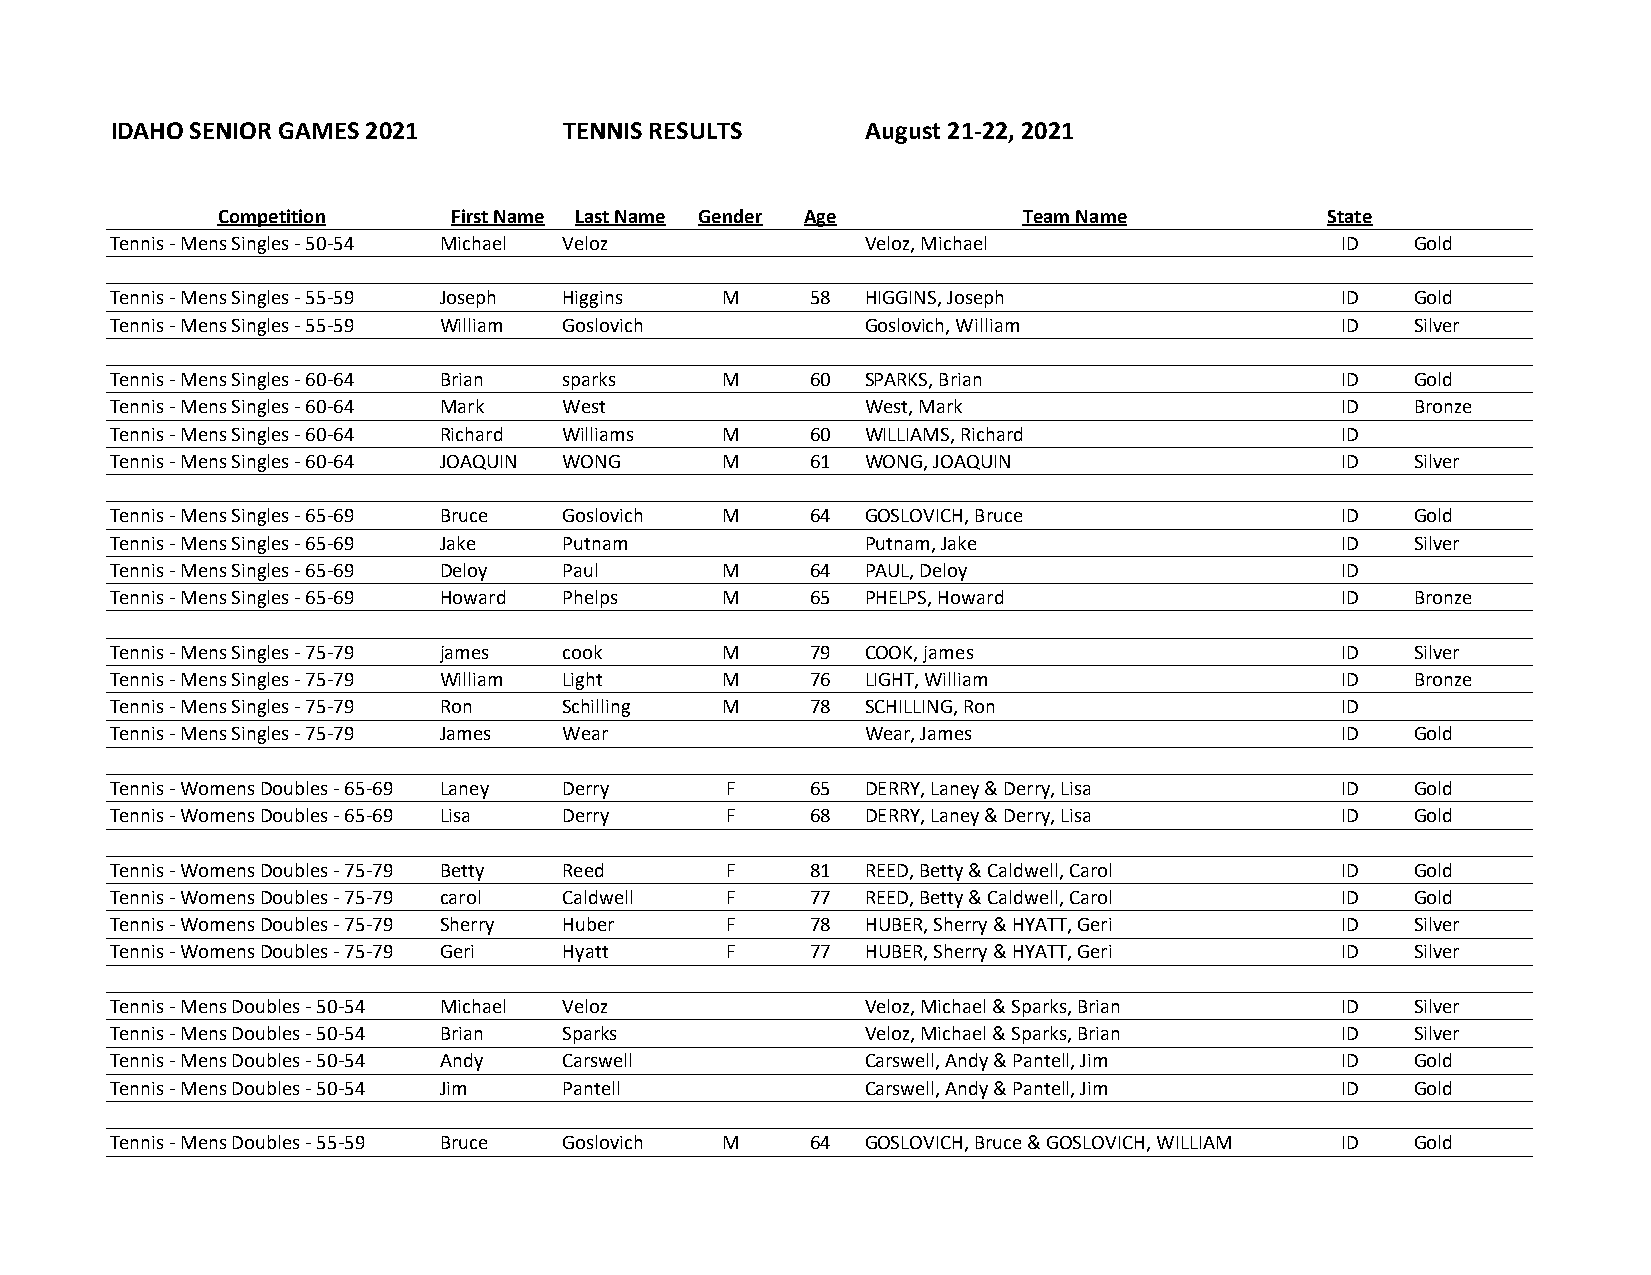
IDAHO SENIOR GAMES 2021       TENNIS RESULTS      August 21-22, 2021
 Competition     First Name Last Name Gender Age       Team Name           State
 Tennis - Mens Singles - 50-54 Michael Veloz       Veloz, Michael                  ID   Gold
 Tennis - Mens Singles - 55-59 Joseph Higgins M 58 HIGGINS, Joseph                 ID   Gold
 Tennis - Mens Singles - 55-59 William Goslovich   Goslovich, William              ID   Silver
 Tennis - Mens Singles - 60-64 Brian sparks M   60 SPARKS, Brian                   ID   Gold
 Tennis - Mens Singles - 60-64 Mark West           West, Mark                      ID   Bronze
 Tennis - Mens Singles - 60-64 Richard Williams M 60 WILLIAMS, Richard             ID
 Tennis - Mens Singles - 60-64 JOAQUIN WONG M   61 WONG, JOAQUIN                   ID   Silver
 Tennis - Mens Singles - 65-69 Bruce Goslovich M 64 GOSLOVICH, Bruce               ID   Gold
 Tennis - Mens Singles - 65-69 Jake Putnam         Putnam, Jake                    ID   Silver
 Tennis - Mens Singles - 65-69 Deloy Paul M     64 PAUL, Deloy                     ID
 Tennis - Mens Singles - 65-69 Howard Phelps M  65 PHELPS, Howard                  ID   Bronze
 Tennis - Mens Singles - 75-79 james cook M     79 COOK, james                     ID   Silver
 Tennis - Mens Singles - 75-79 William Light M  76 LIGHT, William                  ID   Bronze
 Tennis - Mens Singles - 75-79 Ron Schilling M  78 SCHILLING, Ron                  ID
 Tennis - Mens Singles - 75-79 James Wear          Wear, James                     ID   Gold
 Tennis - Womens Doubles - 65-69 Laney Derry F  65 DERRY, Laney & Derry, Lisa      ID   Gold
 Tennis - Womens Doubles - 65-69 Lisa Derry F   68 DERRY, Laney & Derry, Lisa      ID   Gold
 Tennis - Womens Doubles - 75-79 Betty Reed F   81 REED, Betty & Caldwell, Carol   ID   Gold
 Tennis - Womens Doubles - 75-79 carol Caldwell F 77 REED, Betty & Caldwell, Carol ID   Gold
 Tennis - Womens Doubles - 75-79 Sherry Huber F 78 HUBER, Sherry & HYATT, Geri     ID   Silver
 Tennis - Womens Doubles - 75-79 Geri Hyatt F   77 HUBER, Sherry & HYATT, Geri     ID   Silver
 Tennis - Mens Doubles - 50-54 Michael Veloz       Veloz, Michael & Sparks, Brian  ID   Silver
 Tennis - Mens Doubles - 50-54 Brian Sparks        Veloz, Michael & Sparks, Brian  ID   Silver
 Tennis - Mens Doubles - 50-54 Andy Carswell       Carswell, Andy & Pantell, Jim   ID   Gold
 Tennis - Mens Doubles - 50-54 Jim Pantell         Carswell, Andy & Pantell, Jim   ID   Gold
 Tennis - Mens Doubles - 55-59 Bruce Goslovich M 64 GOSLOVICH, Bruce & GOSLOVICH, WILLIAM ID Gold